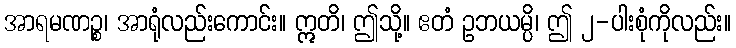
အာရမဏဉ္စ၊ အာရုံလည်းကောင်း။ ဣတိ၊ ဤသို့။ ဧတံ ဥဘယမ္ပိ၊ ဤ ၂-ပါးစုံကိုလည်း။